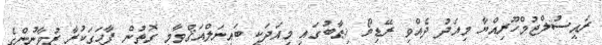
ރައީސުލްޖުމްހޫރިއްޔާ މިއަދު ދެއްވި ރޭޑިޔޯ ޚިޠާބުގައި މިއަދަކީ ބައިނަލްއަޤްވާމީ ގޮތުން ފާހަގަކުރާ ޒުވާނުންގެ